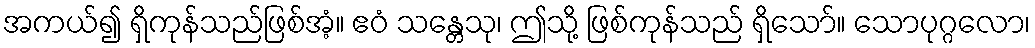
အကယ်၍ ရှိကုန်သည်ဖြစ်အံ့။ ဧဝံ သန္တေသု၊ ဤသို့ ဖြစ်ကုန်သည် ရှိသော်။ သောပုဂ္ဂလော၊